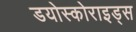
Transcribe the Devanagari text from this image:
डयोस्कोराइड्स